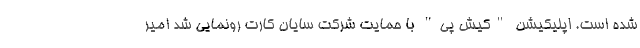
شده است. اپلیکیشن "کیش پی" با حمایت شرکت سایان کارت رونمایی شد امیر